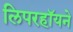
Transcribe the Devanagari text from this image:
लिपरहॉयने